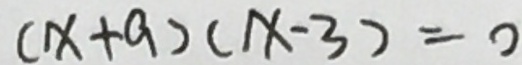
( x + a ) ( x - 3 ) = 0